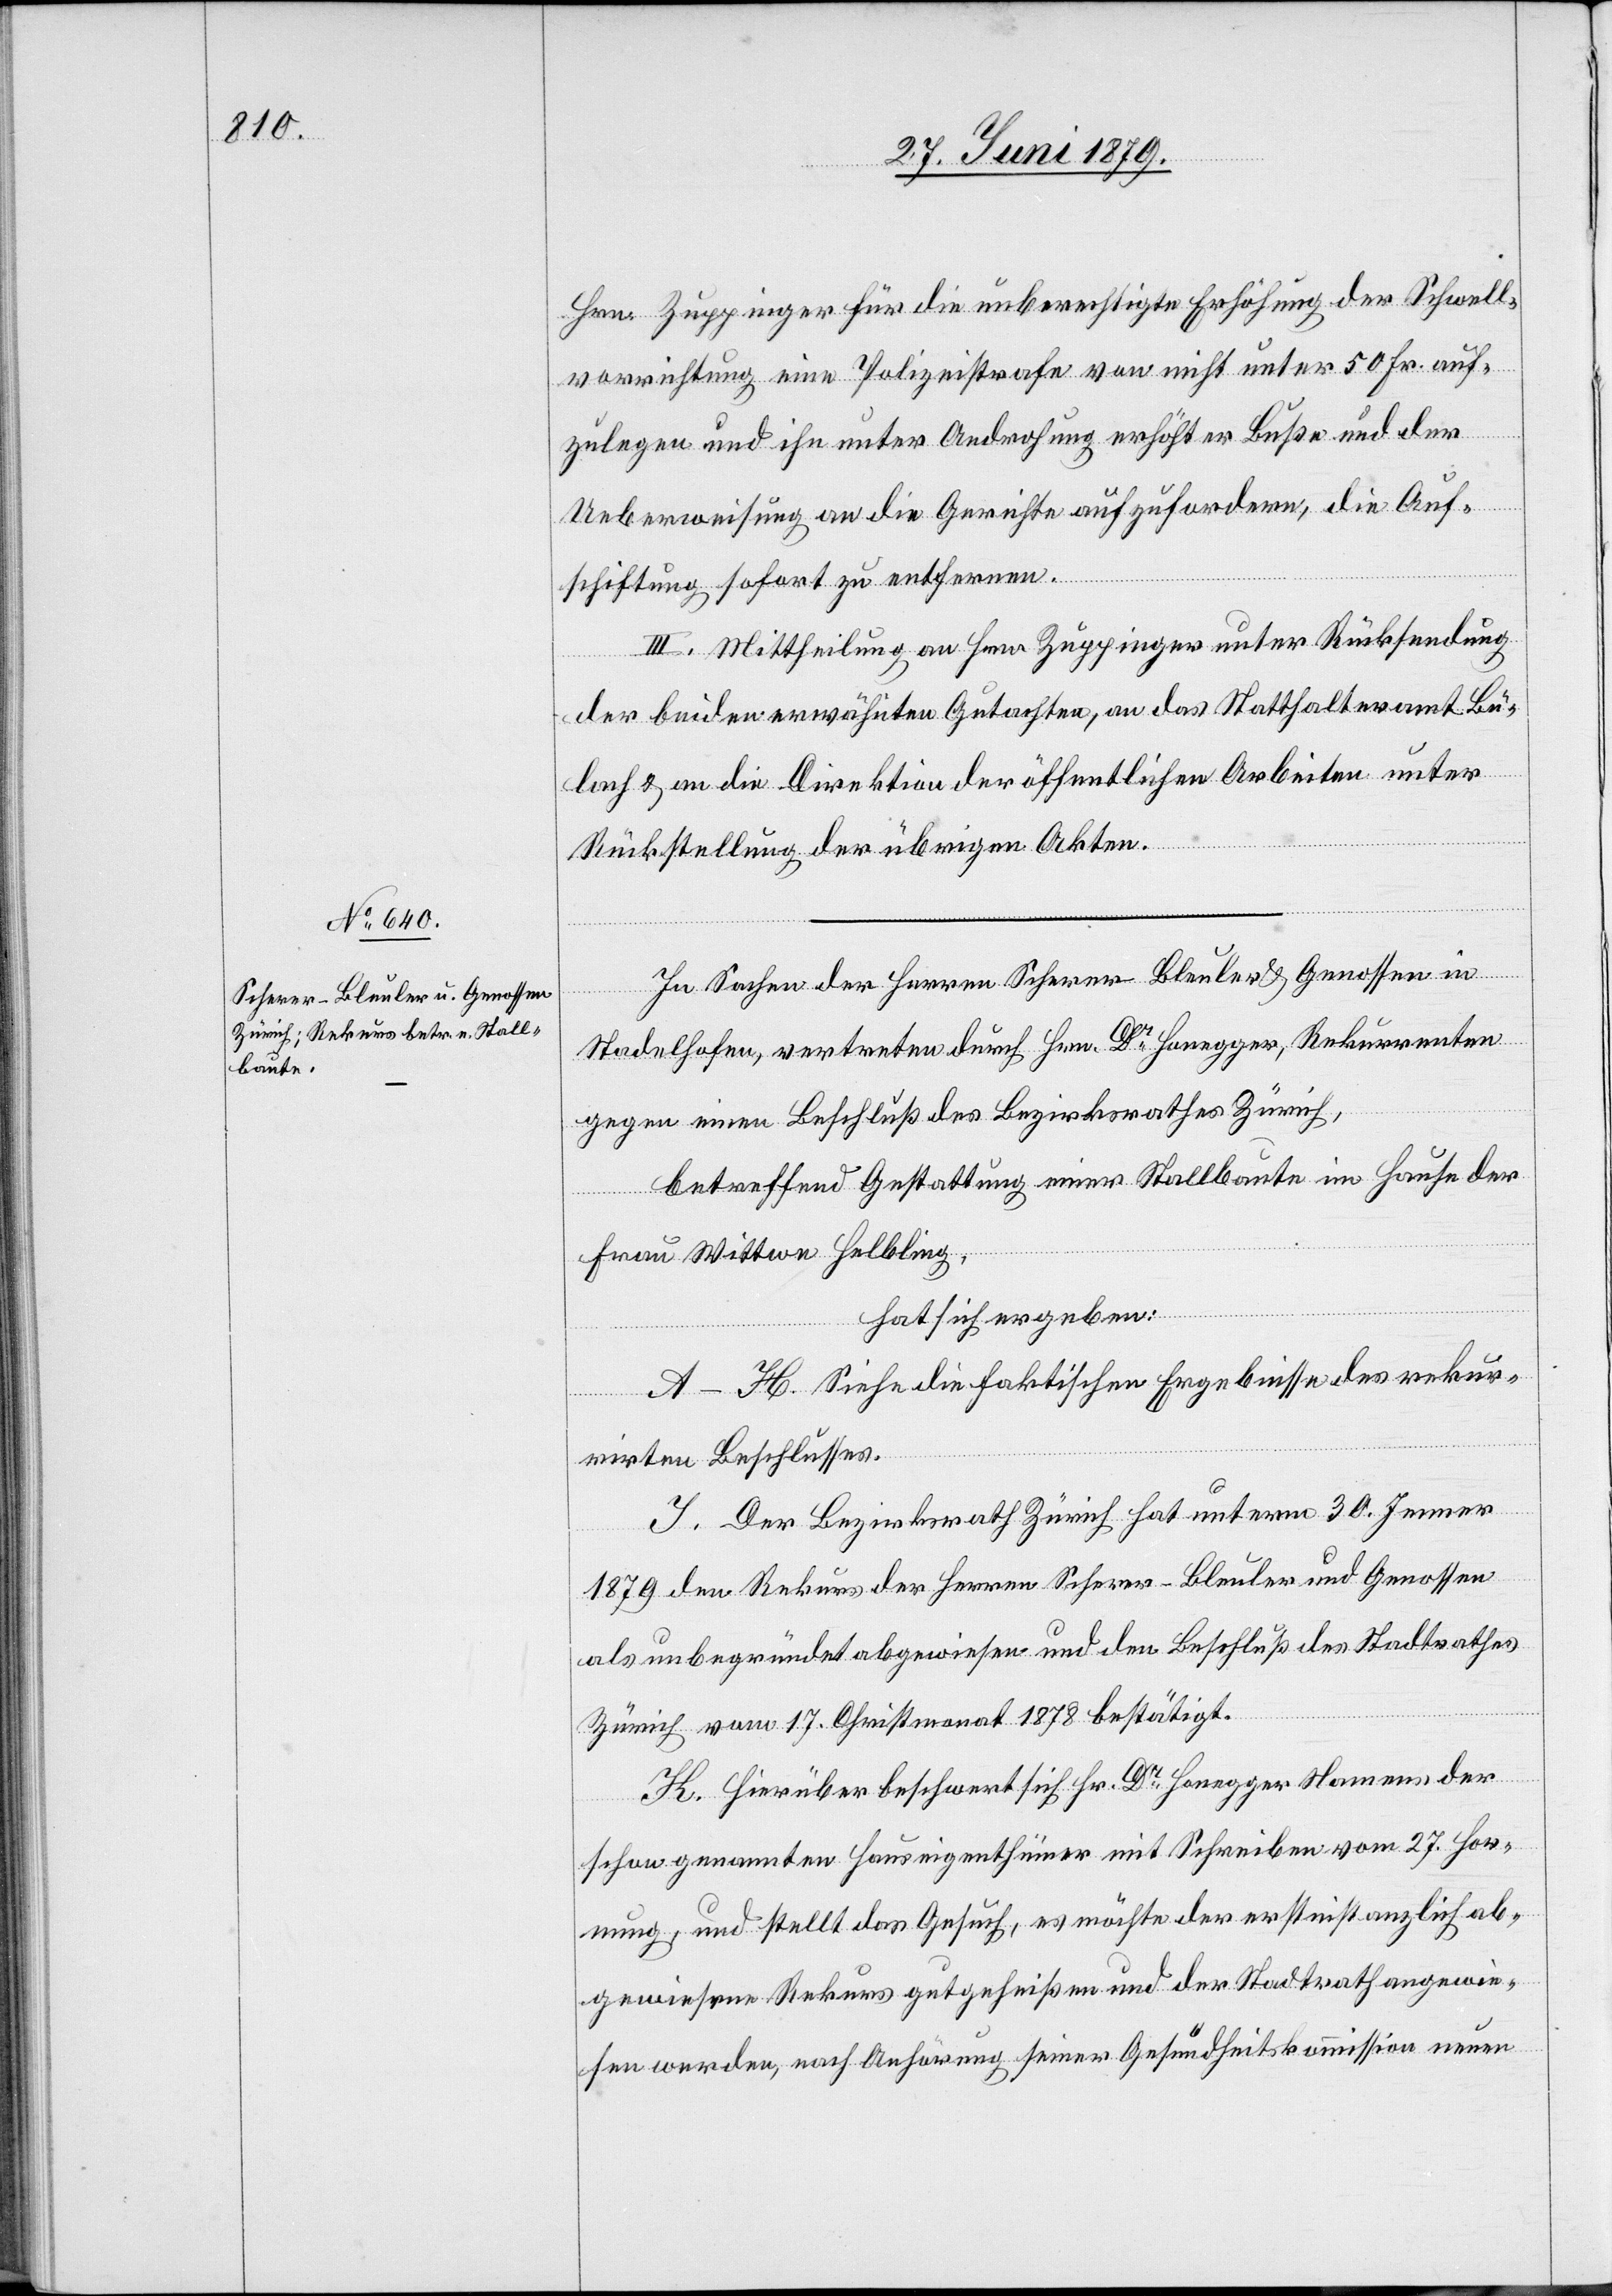
Hrn. Zuppinger für die unberechtigte Erhöhung der Schwell¬
vorrichtung eine Polizeistrafe von nicht unter 50 Fr. auf¬
zulegen und ihn unter Androhung erhöhter Buße und der
Ueberweisung an die Gerichte aufzufordern, die Auf¬
schiftung sofort zu entfernen.
III. Mittheilung an Hrn. Zuppinger unter Rücksendung
der beiden erwähnten Gutachten, an das Statthalteramt Bü¬
lach & an die Direktion der öffentlichen Arbeiten unter
Rückstellung der übrigen Akten.
In Sachen der Herren Scherer-Bleuler & Genossen in
Stadelhofen, vertreten durch Hrn. Dr Honegger, Rekurrenten
gegen einen Beschluß des Bezirksrathes Zürich,
betreffend Gestattung einer Stallbaute im Hause der
Frau Wittwe Helbling,
hat sich ergeben:
A–H. Siehe die faktischen Ergebnisse des rekur¬
rirten Beschlusses.
I. Der Bezirksrath Zürich hat unterm 30. Jenner
1879 den Rekurs der Herren Scherer-Bleuler und Genossen
als unbegründet abgewiesen und den Beschluß des Stadtrathes
Zürich vom 17. Christmonat 1878 bestätigt.
K. Hierüber beschwert sich Hr. Dr Honegger Namens der
schon genannten Hauseigenthümer mit Schreiben vom 27. Hor¬
nung, und stellt das Gesuch, es möchte der erstinstanzlich ab¬
gewiesene Rekurs gutgeheißen und der Stadtrath angewie¬
sen werden, nach Anhörung seiner Gesundheitskommission neuen